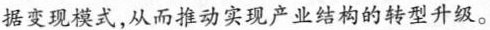
据变现模式，从而推动实现产业结构的转型升级。